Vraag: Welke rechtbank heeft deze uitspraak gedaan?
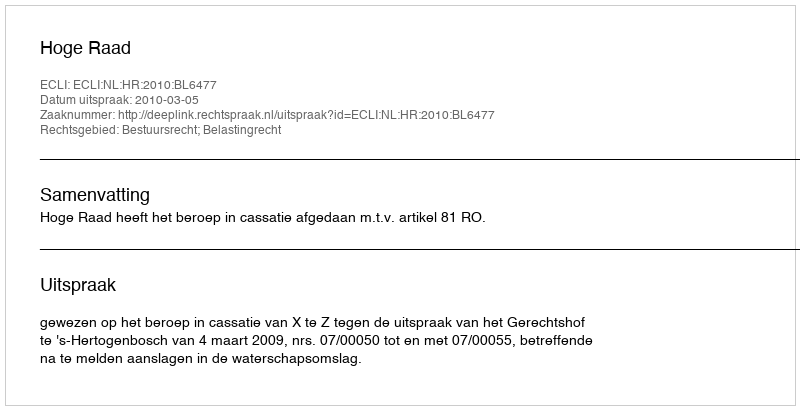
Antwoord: Hoge Raad